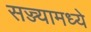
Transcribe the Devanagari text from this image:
सज्ज्यामध्ये